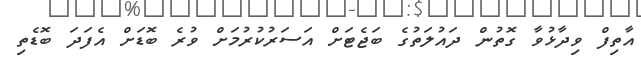
އާތިފް ވިދާޅުވާ ގޮތުން ދައުލަތުގެ ބަޖެޓަށް އަސަރުކުރުމަށް ވުރެ ބޮޑަށް އެފަދަ ބޮޑެތި